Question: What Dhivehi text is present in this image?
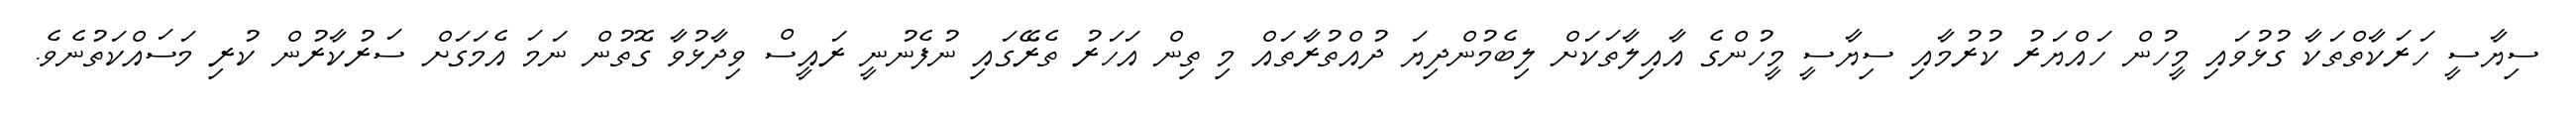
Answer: ސިޔާސީ ހަރަކާތްތަކާ ގުޅުވައި މީހުން ހައްޔަރު ކުރުމާއި ސިޔާސީ މީހުންގެ އާއިލާތަކަށް ލިބެމުންދިޔަ ދުއްތުރާތައް މި ތިން އަހަރު ތެރޭގައި ނުފެނުނީ ރައީސް ވިދާޅުވާ ގޮތުން ނަމަ އެމަގަށް ސަރުކާރުން ކުރި މަސައްކަތުނެވެ.